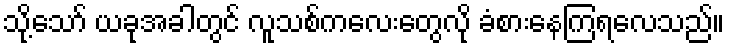
သို့သော် ယခုအခါတွင် လူသစ်ကလေးတွေလို ခံစားနေကြရလေသည်။